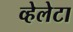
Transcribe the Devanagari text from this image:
व्हेलेटा